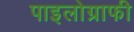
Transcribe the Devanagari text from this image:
पाइलोग्राफी